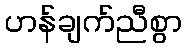
ဟန်ချက်ညီစွာ